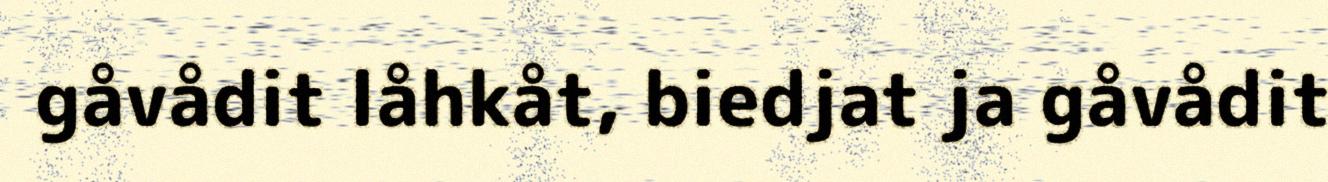
gåvådit låhkåt, biedjat ja gåvådit